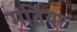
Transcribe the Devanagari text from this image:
मतिया